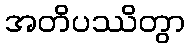
အတိပဿိတွာ